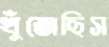
খুঁজেছিস